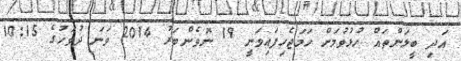
އަދި ބީލަންތައް ހުޅުވުމަށް ހަމަޖެހިފައިވަނީ 19 ނޮވެންބަރު 2014 ވަނަ ދުވަހުގެ 10:15